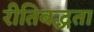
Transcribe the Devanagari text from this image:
रीतिबद्धता